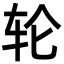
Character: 轮